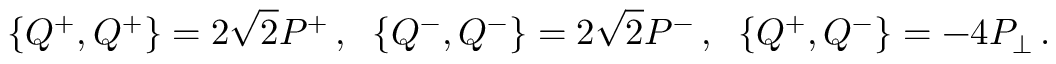
\{ Q ^ { + } , Q ^ { + } \} = 2 \sqrt { 2 } P ^ { + } \, , \; \; \{ Q ^ { - } , Q ^ { - } \} = 2 \sqrt { 2 } P ^ { - } \, , \; \; \{ Q ^ { + } , Q ^ { - } \} = - 4 P _ { \perp } \, .